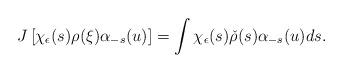
LaTeX: \begin{align*} J\left[\chi_\epsilon(s) \rho(\xi)\alpha_{-s}(u)\right] = \int \chi_\epsilon(s) \check{\rho}(s) \alpha_{-s}(u)ds. \end{align*}